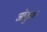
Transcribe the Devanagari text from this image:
ओकुर्ग